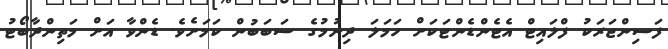
ފަސިންޖަރަކު ފްލައިޓް އެޓެންޑެންޓަކަށް ހަމަލަ ދިނުމުގެ ސަބަބުން ކަމަށެވެ. ޑެންވާ އަށް މަތިންދާބޯޓު